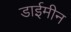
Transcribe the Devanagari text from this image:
डाईमीन